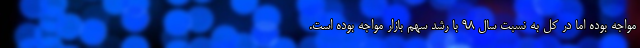
مواجه بوده اما در کل به نسبت سال 98 با رشد سهم بازار مواجه بوده است.